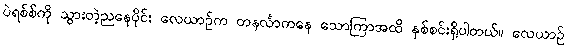
ပဲရစ်စ်ကို သွားတဲ့ညနေပိုင်း လေယာဉ်က တနင်္လာကနေ သောကြာအထိ နှစ်စင်းရှိပါတယ်။ လေယာဉ်